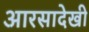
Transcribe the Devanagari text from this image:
आरसादेखी